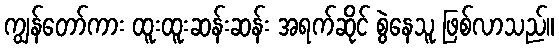
ကျွန်တော်ကား ထူးထူးဆန်းဆန်း အရက်ဆိုင် စွဲနေသူ ဖြစ်လာသည်။